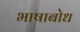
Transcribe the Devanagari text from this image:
भाषाबोध